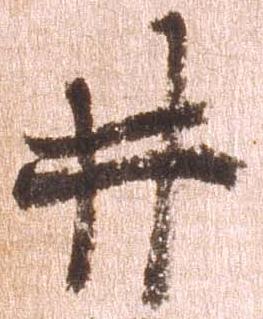
井